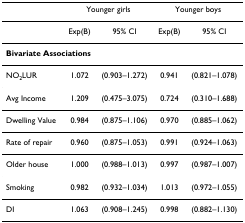
<table><thead><tr><td></td><td colspan="2"><b>Younger girls</b></td><td colspan="2"><b>Younger boys</b></td></tr></thead><tbody><tr><td></td><td>Exp(B)</td><td>95% CI</td><td>Exp(B)</td><td>95% CI</td></tr><tr><td colspan="5"><b>Bivariate Associations</b></td></tr><tr><td>NO<sub>2</sub>LUR</td><td>1.072</td><td>(0.903–1.272)</td><td>0.941</td><td>(0.821–1.078)</td></tr><tr><td>Avg Income</td><td>1.209</td><td>(0.475–3.075)</td><td>0.724</td><td>(0.310–1.688)</td></tr><tr><td>Dwelling Value</td><td>0.984</td><td>(0.875–1.106)</td><td>0.970</td><td>(0.885–1.062)</td></tr><tr><td>Rate of repair</td><td>0.960</td><td>(0.875–1.053)</td><td>0.991</td><td>(0.924–1.063)</td></tr><tr><td>Older house</td><td>1.000</td><td>(0.988–1.013)</td><td>0.997</td><td>(0.987–1.007)</td></tr><tr><td>Smoking</td><td>0.982</td><td>(0.932–1.034)</td><td>1.013</td><td>(0.972–1.055)</td></tr><tr><td>DI</td><td>1.063</td><td>(0.908–1.245)</td><td>0.998</td><td>(0.882–1.130)</td></tr></tbody></table>